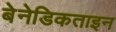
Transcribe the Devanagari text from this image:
बेनेडिकताइन